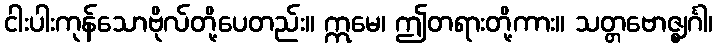
ငါးပါးကုန်သောဗိုလ်တို့ပေတည်း။ ဣမေ၊ ဤတရားတို့ကား။ သတ္တဗောဇ္ဈင်္ဂါ၊